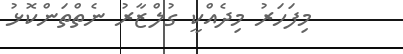
މިފަހަރު މިދެއްކީ ގުލްޒާރު ނެތްތަންކޮޅު